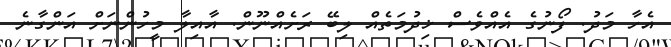
އެހާ މަދު. ފޯނުގެ އެއްވެސް ޚިދުމަތެއް ލިބޭ ރަށެއްނޫން. އާއިލާ މީހުންނަށް އަންގާނެ